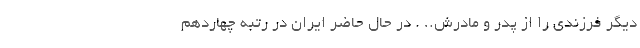
دیگر فرزندی را از پدر و مادرش.. . در حال حاضر ایران در رتبه چهاردهم